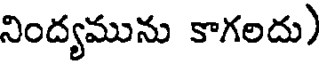
నింద్యమును కాగలదు)